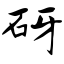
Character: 砑